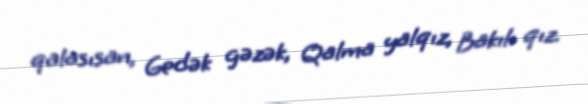
qalasısan, Gedək gəzək, Qalma yalqız, Bakılı qız.